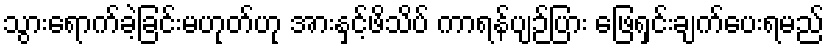
သွားရောက်ခဲ့ခြင်းမဟုတ်ဟု အားနှင့်ဖိသိပ် ကာရန်ပျဉ်ပြား ဖြေရှင်းချက်ပေးရမည်